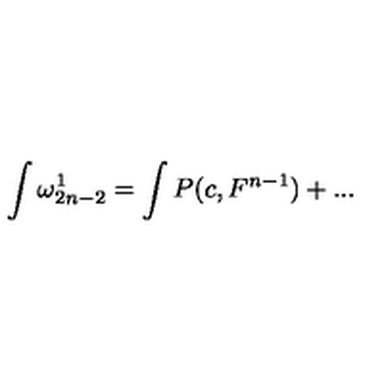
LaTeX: \int \omega _ { 2 n - 2 } ^ { 1 } = \int P ( c , F ^ { n - 1 } ) + . . .